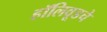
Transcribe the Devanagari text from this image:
हॉलिवूडचे